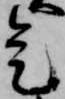
是